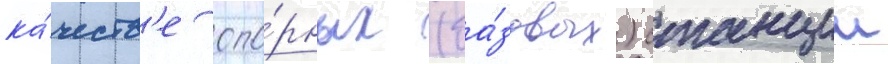
ка́честв'е опо́рных (ба́зовых) станции